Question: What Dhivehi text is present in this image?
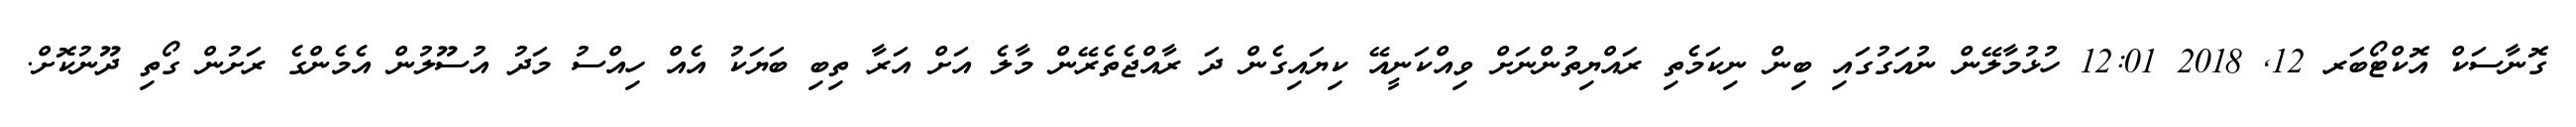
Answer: ގޮނާސަކް އޮކްޓޯބަރ 12, 2018 12:01 ހުޅުމާލޭން ނުއަގުގައި ބިން ނިކަމެތި ރައްޔިތުންނަށް ވިއްކަނީއޭ ކިޔައިގެން ދަ ރާއްޖެތެރޭން މާލެ އަށް އަރާ ތިބި ބަޔަކު އެއް ހިއްސު މަދު އުސޫލުން އެމެންގެ ރަށުން ގޯތި ދޫނުކޮށް.